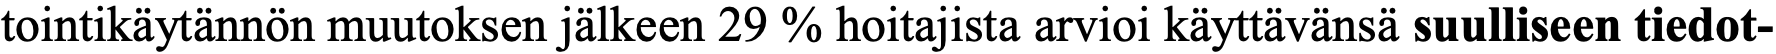
tointikäytännön muutoksen jälkeen 29 % hoitajista arvioi käyttävänsä suulliseen tiedot-